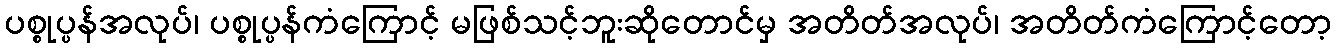
ပစ္စုပ္ပန်အလုပ်၊ ပစ္စုပ္ပန်ကံကြောင့် မဖြစ်သင့်ဘူးဆိုတောင်မှ အတိတ်အလုပ်၊ အတိတ်ကံကြောင့်တော့